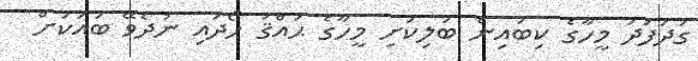
ގަދަފަދަ މީހާގެ ކިބައިން ބަލިކަށި މީހާގެ ޙައްޤު ހޯދައި ނުދެވޭ ބައަކަށް